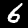
Label: 6